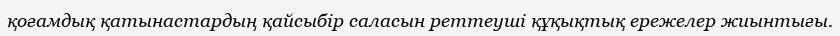
қоғамдық қатынастардың қайсыбір саласын реттеуші құқықтық ережелер жиынтығы.